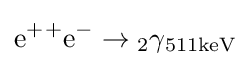
{\ce {e^{+}{}+e^{-}\to 2\gamma _{511keV}}}